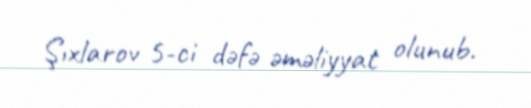
Şıxlarov 5-ci dəfə əməliyyat olunub.